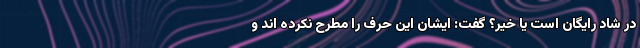
در شاد رایگان است یا خیر؟ گفت: ایشان این حرف را مطرح نکرده اند و